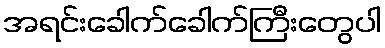
အရင်းခေါက်ခေါက်ကြီးတွေပါ